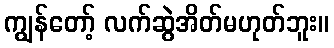
ကျွန်တော့် လက်ဆွဲအိတ်မဟုတ်ဘူး။